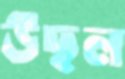
উছল